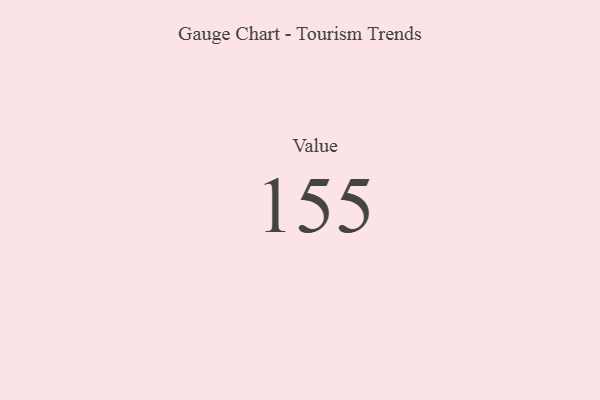
{"axis": {"x": "Metric", "y": "Value"}, "legend": [""], "data": [{"x": "Value", "y": 155, "type": ""}]}